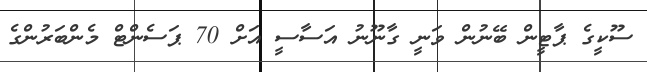
ސޫކީގެ ޕާޓީން ބޭނުން ވަނީ ގާނޫނު އަސާސީ އަށް 70 ޕަސެންޓް މެންބަރުންގެ